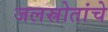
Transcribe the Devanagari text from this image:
जलस्रोतांचे